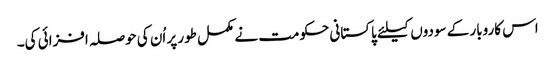
اس کاروبار کے سودوں کیلئے پاکستانی حکومت نے مکمل طور پر اُن کی حوصلہ افزائی کی۔